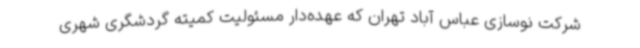
شرکت نوسازی عباس آباد تهران که عهده‌دار مسئولیت کمیته گردشگری شهری